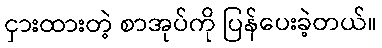
ငှားထားတဲ့ စာအုပ်ကို ပြန်ပေးခဲ့တယ်။